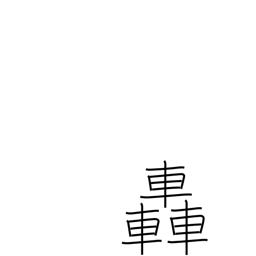
Meaning: roar